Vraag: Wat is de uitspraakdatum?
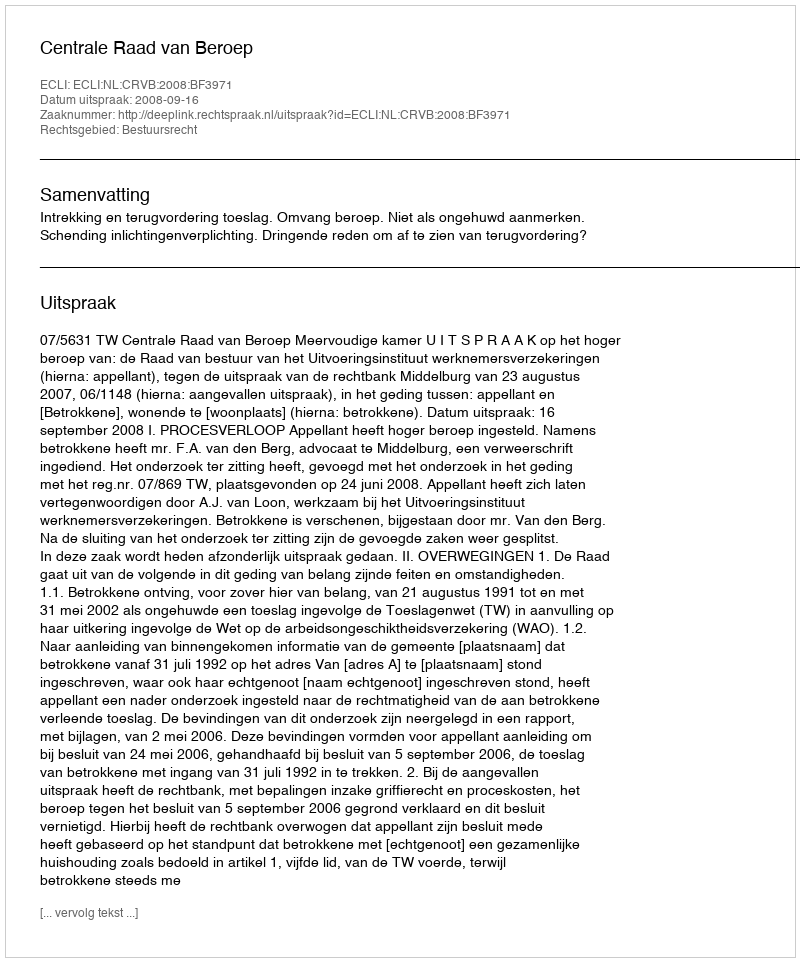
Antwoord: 2008-09-16